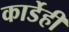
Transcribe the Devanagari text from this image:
कार्डेही